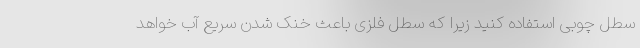
سطل چوبی استفاده کنید زیرا که سطل فلزی باعث خنک شدن سریع آب خواهد